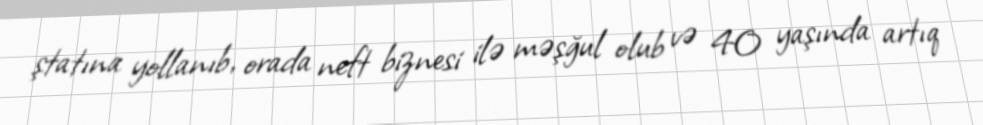
ştatına yollanıb, orada neft biznesi ilə məşğul olub və 40 yaşında artıq